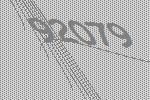
92079